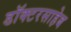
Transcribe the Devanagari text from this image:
डॉक्टरसाहेब